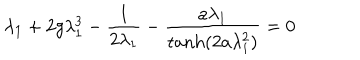
\lambda _ { 1 } + 2 g \lambda _ { 1 } ^ { 3 } - { \frac { 1 } { 2 \lambda _ { 1 } } } - { \frac { a \lambda _ { 1 } } { { \tanh } ( 2 a \lambda _ { 1 } ^ { 2 } ) } } = 0